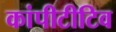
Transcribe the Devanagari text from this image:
कांपीटीटिव